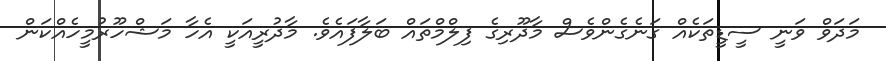
މަދަވް ވަނީ ސީޑީތަކެއް ގަނެގެންވެސް މާދޫރިގެ ފިލްމްތައް ބަލާފައެވެ. މާދުރީއަކީ އެހާ މަޝްހޫރުމީހެއްކަން